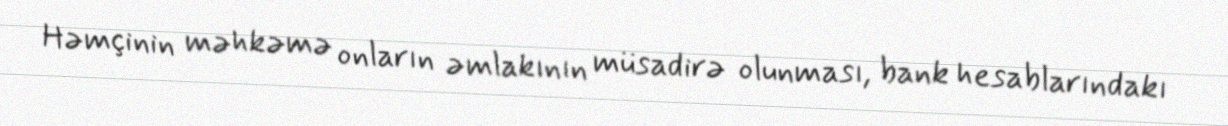
Həmçinin məhkəmə onların əmlakının müsadirə olunması, bank hesablarındakı